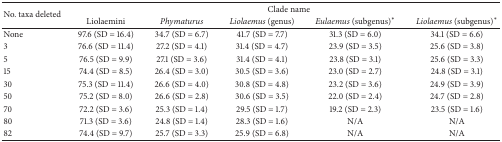
<table><thead><tr><td rowspan="2"><b>No. taxa deleted</b></td><td colspan="5"><b>Clade name</b></td></tr><tr><td><b>Liolaemini</b></td><td><b><i>Phymaturus </i></b></td><td><b><i>Liolaemus</i> (genus)</b></td><td><b><i>Eulaemus</i> (subgenus)*</b></td><td><b><i>Liolaemus</i> (subgenus)*</b></td></tr></thead><tbody><tr><td>None</td><td>97.6 (SD = 16.4)</td><td>34.7 (SD = 6.7)</td><td>41.7 (SD = 7.7)</td><td>31.3 (SD = 6.0)</td><td>34.1 (SD = 6.6)</td></tr><tr><td>3</td><td>76.6 (SD = 11.4)</td><td>27.2 (SD = 4.1)</td><td>31.4 (SD = 4.7)</td><td>23.9 (SD = 3.5)</td><td>25.6 (SD = 3.8)</td></tr><tr><td>5</td><td>76.5 (SD = 9.9)</td><td>27.1 (SD = 3.6)</td><td>31.4 (SD = 4.1)</td><td>23.8 (SD = 3.1)</td><td>25.6 (SD = 3.3)</td></tr><tr><td>15</td><td>74.4 (SD = 8.5)</td><td>26.4 (SD = 3.0)</td><td>30.5 (SD = 3.6)</td><td>23.0 (SD = 2.7)</td><td>24.8 (SD = 3.1)</td></tr><tr><td>30</td><td>75.3 (SD = 11.4)</td><td>26.6 (SD = 4.0)</td><td>30.8 (SD = 4.8)</td><td>23.2 (SD = 3.6)</td><td>24.9 (SD = 3.9)</td></tr><tr><td>50</td><td>75.2 (SD = 8.0)</td><td>26.6 (SD = 2.8)</td><td>30.6 (SD = 3.5)</td><td>22.0 (SD = 2.4)</td><td>24.7 (SD = 2.8)</td></tr><tr><td>70</td><td>72.2 (SD = 3.6)</td><td>25.3 (SD = 1.4)</td><td>29.5 (SD = 1.7)</td><td>19.2 (SD = 2.3)</td><td>23.5 (SD = 1.6)</td></tr><tr><td>80</td><td>71.3 (SD = 3.6)</td><td>24.8 (SD = 1.4)</td><td>28.3 (SD = 1.6)</td><td>N/A</td><td>N/A</td></tr><tr><td>82</td><td>74.4 (SD = 9.7)</td><td>25.7 (SD = 3.3)</td><td>25.9 (SD = 6.8)</td><td>N/A</td><td>N/A</td></tr></tbody></table>